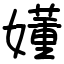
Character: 嬞